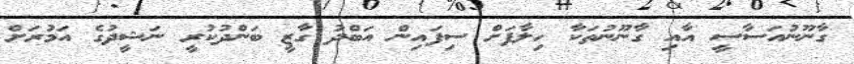
ގާނޫނުއަސާސީ އާއި ގާނޫނުތަކާ ހިލާފަށް ސިފައިން އަބްދު ގާޒީ ބަންދުކުރީ ނަޝީދުގެ އަމުރަށް